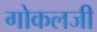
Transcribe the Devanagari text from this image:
गोकलजी